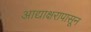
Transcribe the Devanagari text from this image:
आद्याक्षरापासून